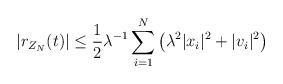
LaTeX: \begin{align*}\left| r_{Z_N} (t) \right| \leq \frac{1}{2} \lambda^{-1} \sum_{i=1}^N\left( \lambda^2 |x_i|^2 + |v_i|^2 \right)\end{align*}